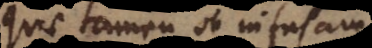
quae tamen ob infusam